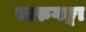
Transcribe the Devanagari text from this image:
चारुगङ्गा